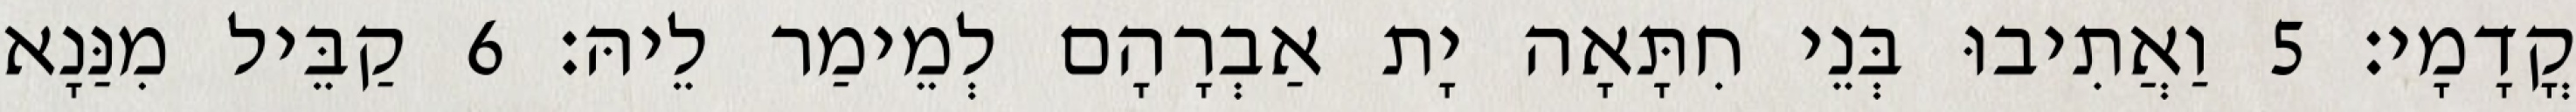
קֳדָמָי׃ 5 וַאֲתִיבוּ בְּנֵי חִתָּאָה יָת אַבְרָהָם לְמֵימַר לֵיהּ׃ 6 קַבֵּיל מִנַּנָא